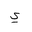
Letter: _ya